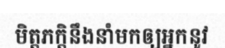
មិត្តភក្តិនឹងនាំមកឲ្យអ្នកនូវ